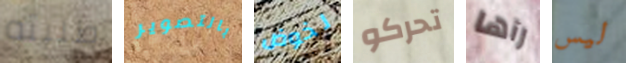
طلبته بالتصوير لخوض تحركو رآها ليس